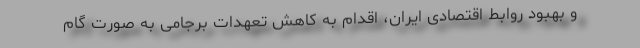
و بهبود روابط اقتصادی ایران، اقدام به کاهش تعهدات برجامی به صورت گام